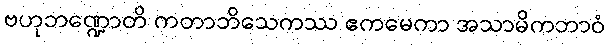
ဗဟုဘဏ္ဍောတိ ကတာဘိသေကဿ ဧကမေကာ အသာမိကဘာဝံ